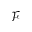
\mathcal { F }